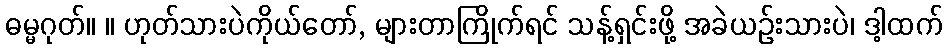
ဓမ္မဂုတ်။ ။ ဟုတ်သားပဲကိုယ်တော်, များတာကြိုက်ရင် သန့်ရှင်းဖို့ အခဲယဉ်းသားပဲ၊ ဒါ့ထက်